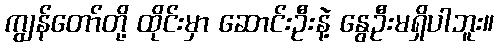
ကျွန်တော်တို့ ထိုင်းမှာ ဆောင်းဦးနဲ့ နွေဦးမရှိပါဘူး။